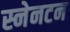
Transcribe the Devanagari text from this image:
स्नेनटन